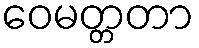
ဝေမတ္တတာ